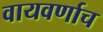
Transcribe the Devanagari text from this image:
वायवर्णाच